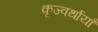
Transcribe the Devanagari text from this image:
कृज्वर्थायाँ